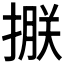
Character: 𢲂